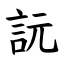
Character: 䛃